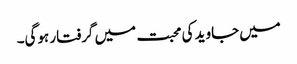
میں جاوید کی محبت میں گرفتار ہوگی۔